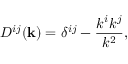
D ^ { i j } ( { \bf { k } } ) = \delta ^ { i j } - \frac { k ^ { i } k ^ { j } } { k ^ { 2 } } ,